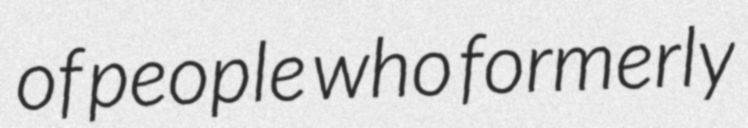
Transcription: of people who formerly